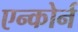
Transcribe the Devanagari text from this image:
एन्कोर्न